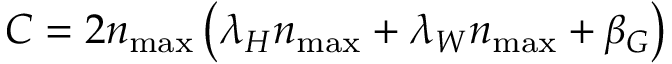
C = 2 n _ { \operatorname* { m a x } } \left( \lambda _ { H } n _ { \operatorname* { m a x } } + \lambda _ { W } n _ { \operatorname* { m a x } } + \beta _ { G } \right)